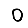
Digit: 0